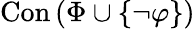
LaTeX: \operatorname{Con}\left(\Phi\cup\{ \lnot\varphi\} \right)